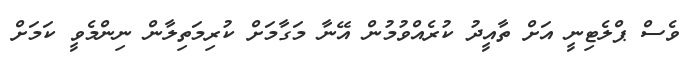
ވެސް ޕްލެޓިނީ އަށް ތާއީދު ކުރެއްވުމުން އޭނާ މަގާމަށް ކުރިމަތިލާން ނިންމެވީ ކަމަށް